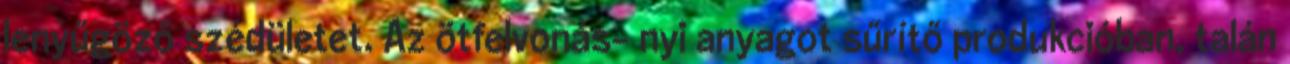
lenyűgöző szédületet. Az ötfelvonás- nyi anyagot sűrítő produkcióban, talán